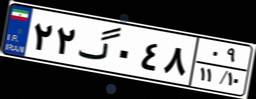
۰۹گ۰۴۱۹۴